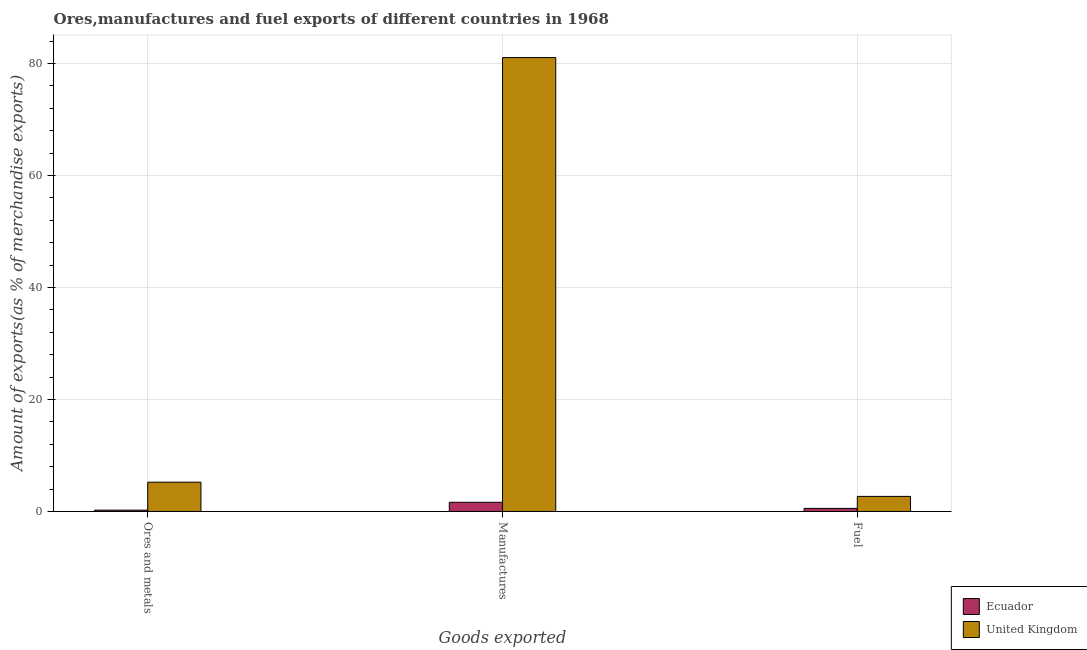
| Goods exported | Ecuador | United Kingdom |
 | --- | --- | --- |
 | Ores and metals | 0.239 | 5.23 |
 | Manufactures | 1.64 | 81.1 |
 | Fuel | 0.553 | 2.7 |